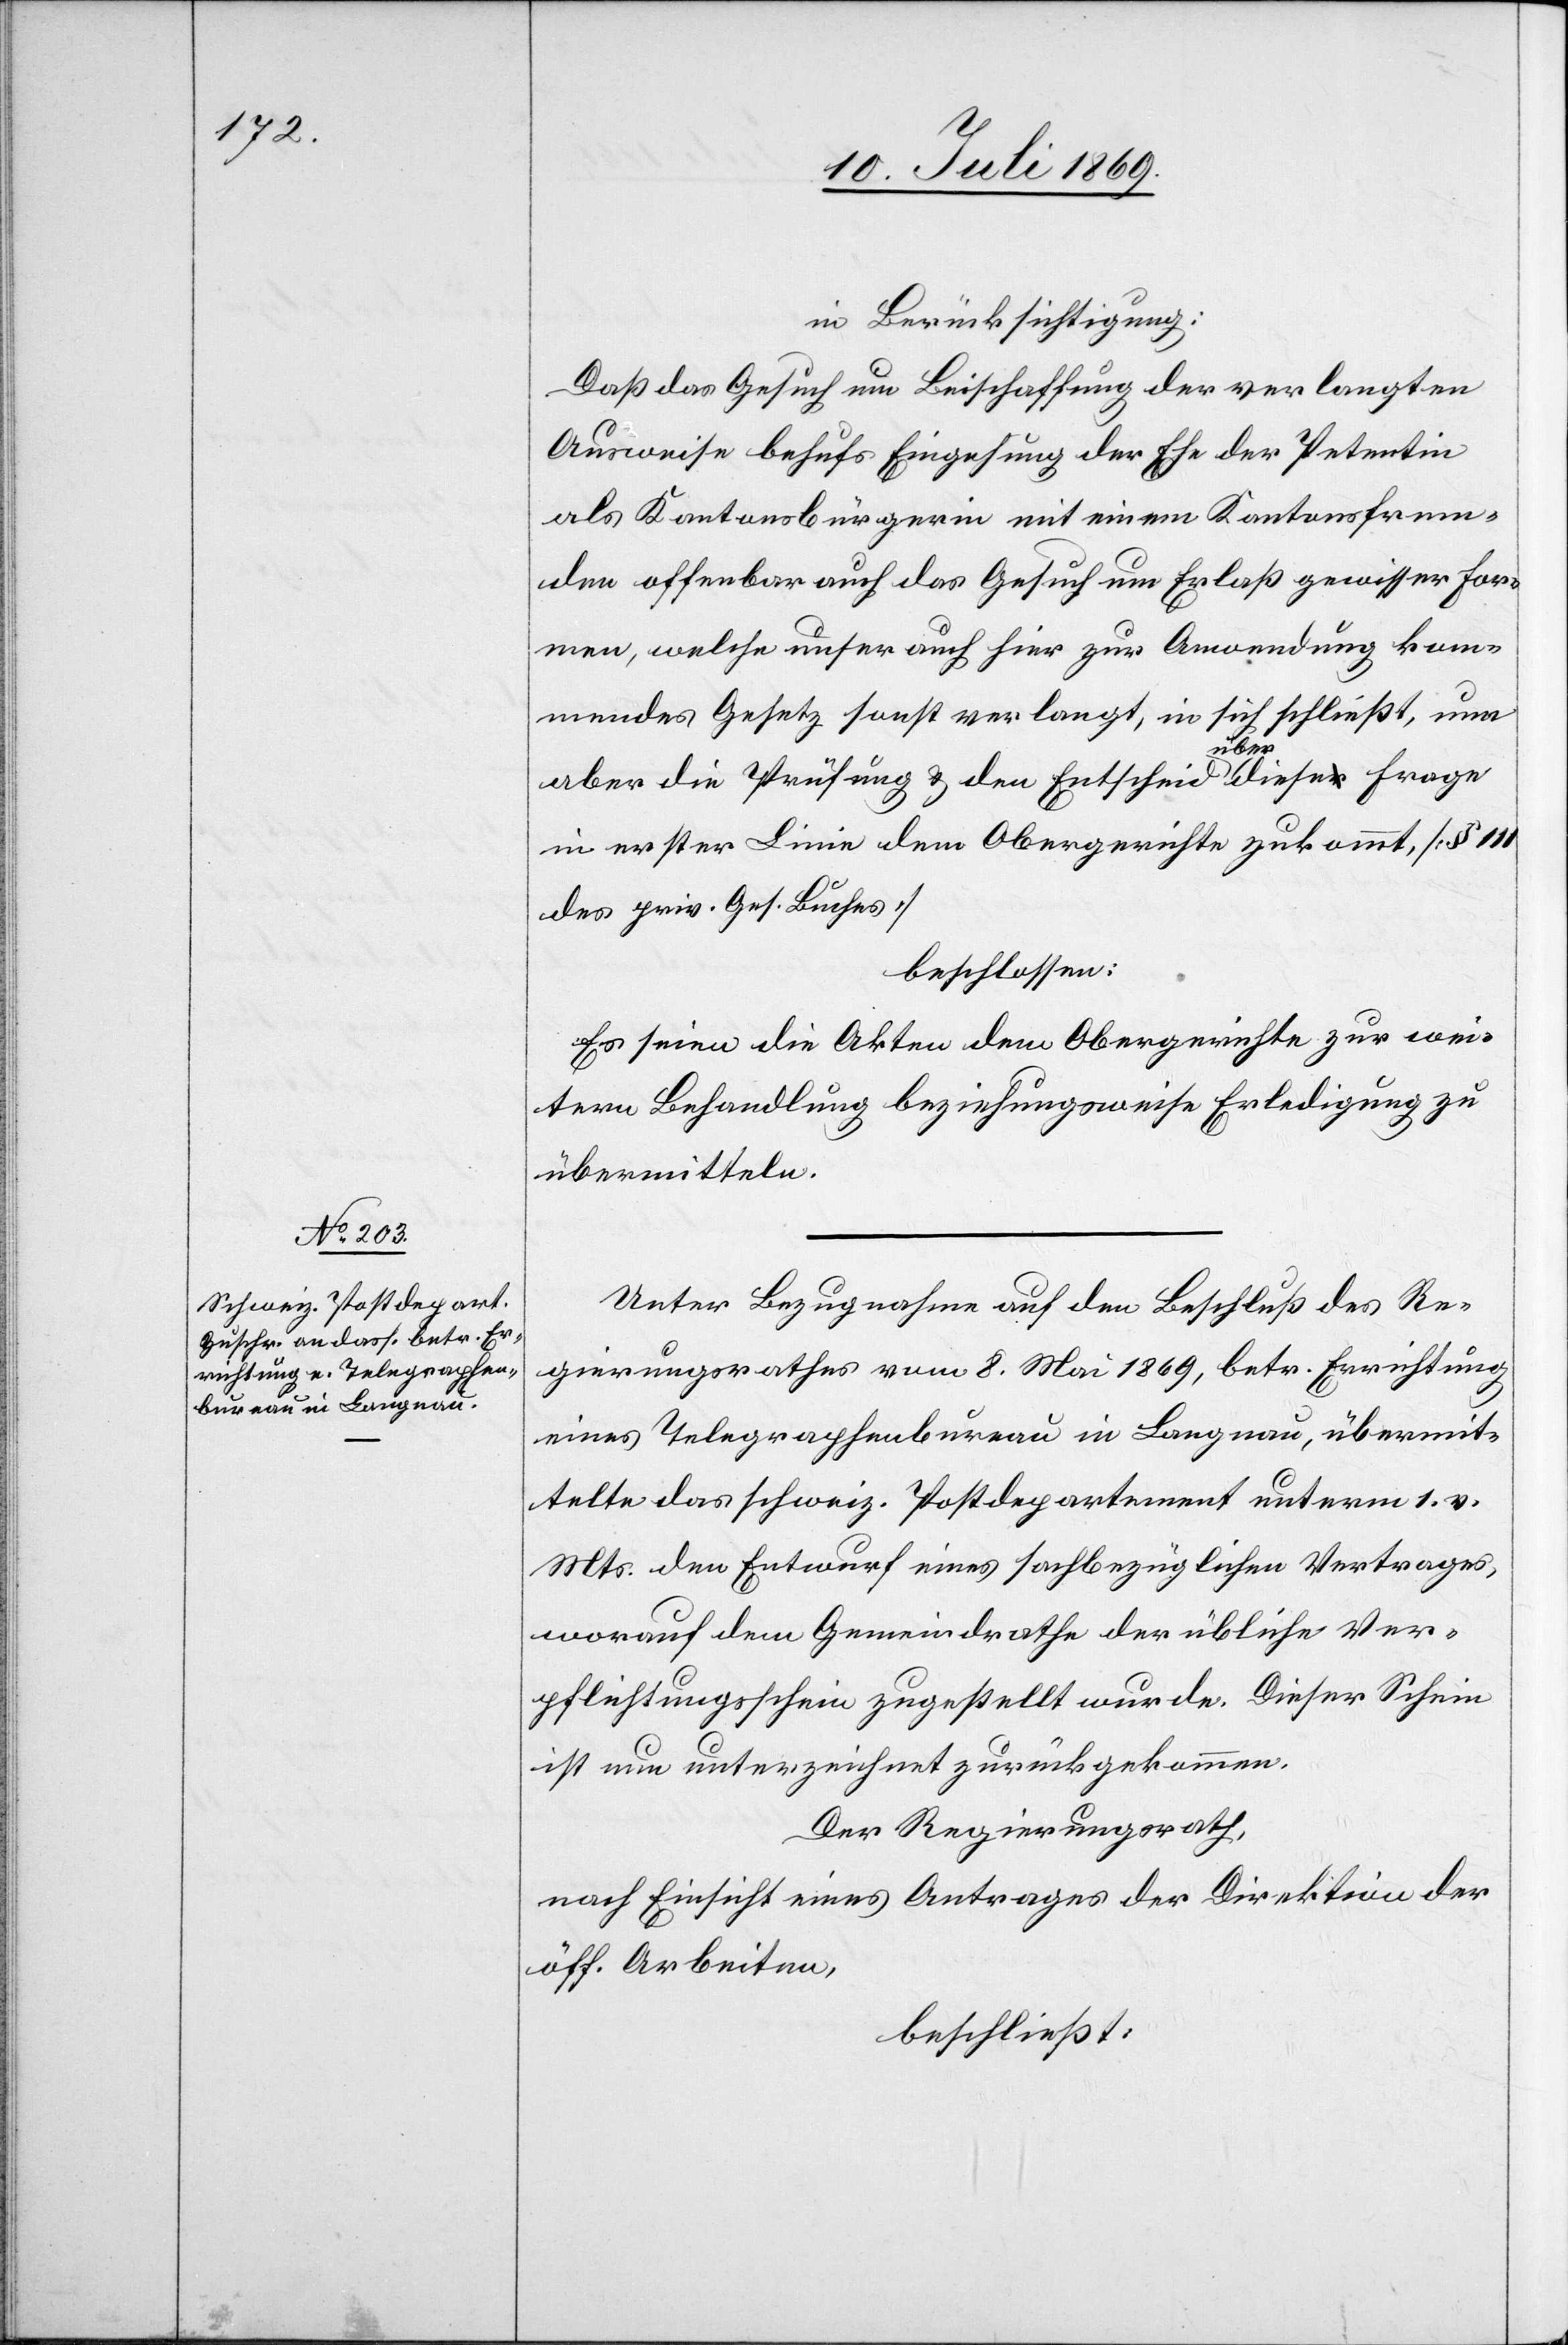
in Berücksichtigung:
Daß das Gesuch um Beischaffung der verlangten
Ausweise behufs Eingehung der Ehe der Petentin
als Kantonsbürgerin mit einem Kantonsfrem¬
den offenbar auch das Gesuch um Erlaß gewisser For¬
men, welche unser auch hier zur Anwendung kom¬
mendes Gesetz sonst verlangt, in sich schließt, nun
aber die Prüfung u. den Entscheid über dieser Frage
in erster Linie dem Obergerichte zukommt, [§ 111
des priv. Ges. Buches]
beschlossen:
Es seien die Akten dem Obergerichte zur wei¬
tern Behandlung beziehungsweise Erledigung zu
übermitteln.
Unter Bezugnahme auf den Beschluß des Re¬
gierungsrathes vom 8 Mai 1869, betr. Errichtung
eines Telegraphenbureau in Langnau, übermit¬
telte das schweiz. Postdepartement unterm 1 v.
Mts. den Entwurf eines sachbezüglichen Vertrages,
worauf dem Gemeindrathe der übliche Ver¬
pflichtungsschein zugestellt wurde. Dieser Schein
ist neu unterzeichnet zurückgekommen.
Der Regierungsrath,
nach Einsicht eines Antrages der Direktion der
öff. Arbeiten,
beschließt: